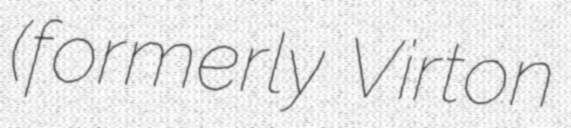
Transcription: (formerly Virton